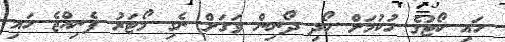
ހައި ކޯޓުގެ ހުކުމަށް ހޯދި ދޯނިން ވަގަށް ނެގި މޯޓަރު ފެނިއްޖެ ހައި